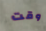
وقت